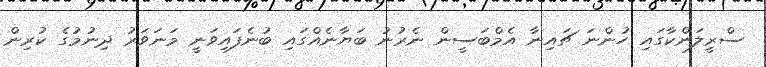
ސްރީލަންކާގައި ހުންނަ ޗައިނާ އެމްބަސީން ނެރުނު ބަޔާނެއްގައި ބުނެފައިވަނީ މަނަވަރު ދިނުމުގެ ކުރިން